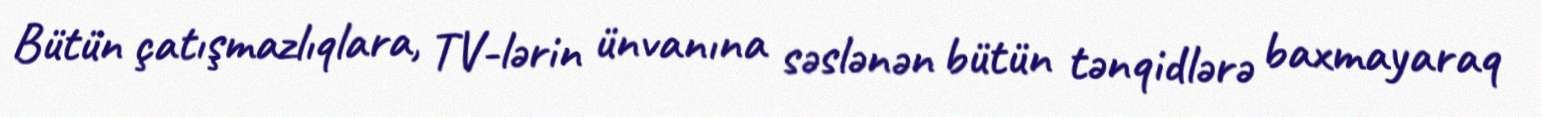
Bütün çatışmazlıqlara, TV-lərin ünvanına səslənən bütün tənqidlərə baxmayaraq